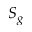
S _ { g }